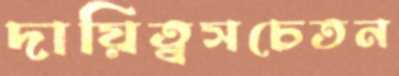
দায়িত্বসচেতন